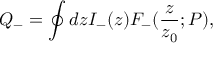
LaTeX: Q _ { - } = \oint d z I _ { - } ( z ) F _ { - } ( { \frac { z } { z _ { 0 } } } ; P ) ,